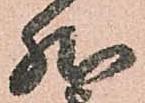
然